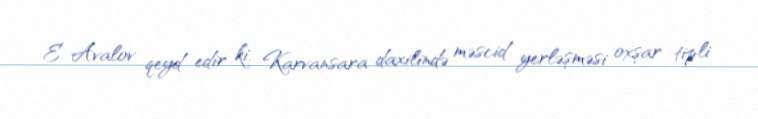
E. Avalov qeyd edir ki, Karvansara daxilində məscid yerləşməsi oxşar tipli